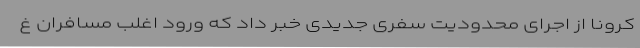
کرونا از اجرای محدودیت‌ سفری جدیدی خبر داد که ورود اغلب مسافران غ